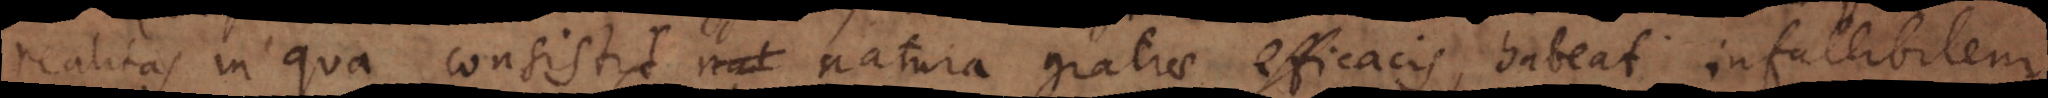
realitas in qua consistit natura gratiae efficacis, habeat infallibilem